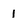
Character: 1